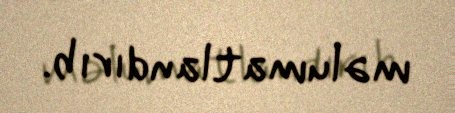
məlumatlandırıb.